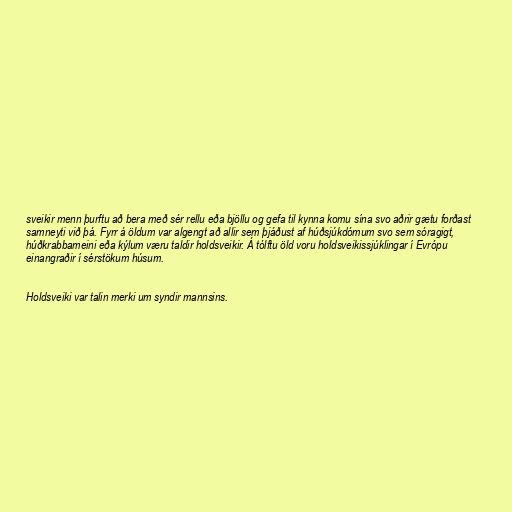
sveikir menn þurftu að bera með sér rellu eða bjöllu og gefa til kynna komu sína svo aðrir gætu forðast
samneyti við þá. Fyrr á öldum var algengt að allir sem þjáðust af húðsjúkdómum svo sem sóragigt,
húðkrabbameini eða kýlum væru taldir holdsveikir. Á tólftu öld voru holdsveikissjúklingar í Evrópu
einangraðir í sérstökum húsum.

Holdsveiki var talin merki um syndir mannsins.